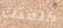
كلمتك